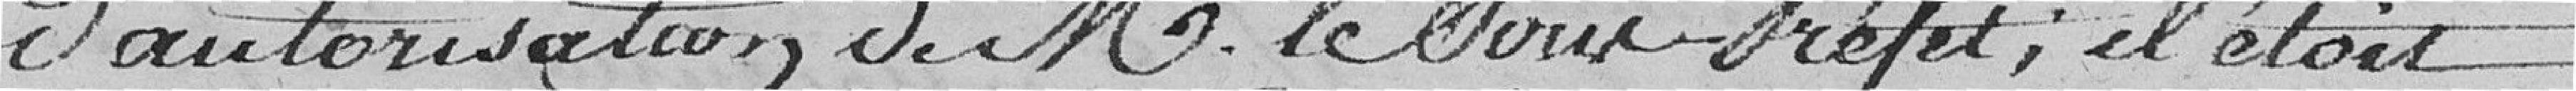
d'autorisation de M. le sous-préfet ; il était